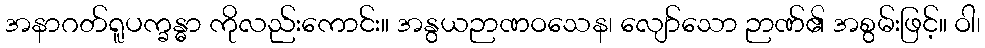
အနာဂတ်ရူပက္ခန္ဓာ ကိုလည်းကောင်း။ အနွယဉာဏဝသေန၊ လျော်သော ဉာဏ်၏ အစွမ်းဖြင့်။ ဝါ၊